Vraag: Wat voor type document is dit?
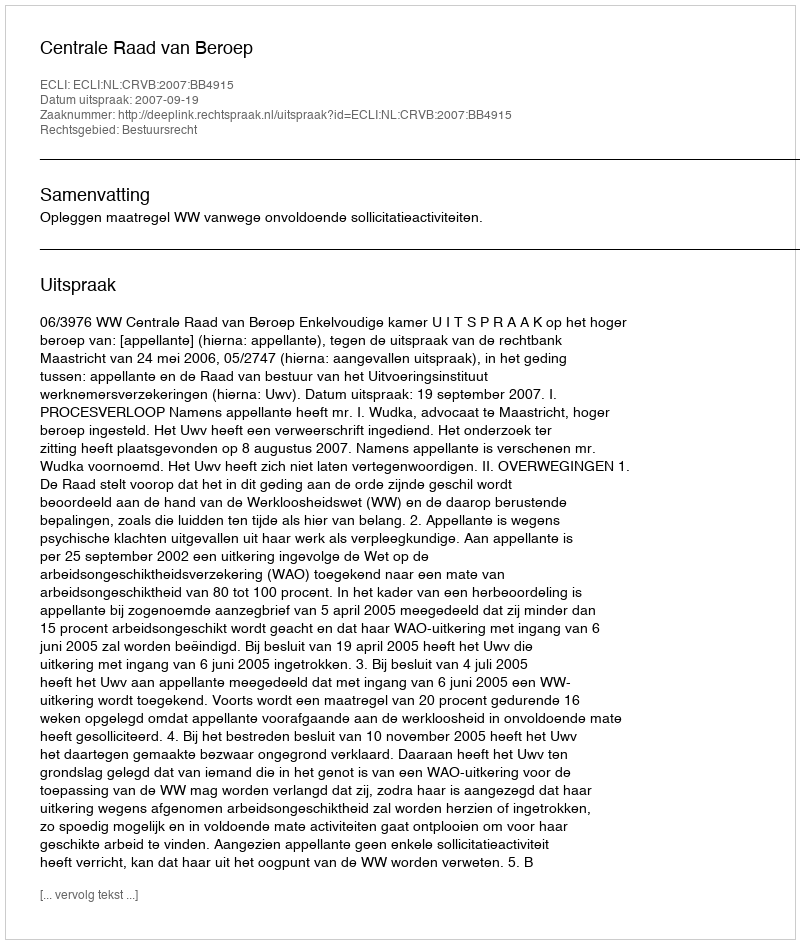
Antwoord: Uitspraak